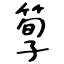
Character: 箰